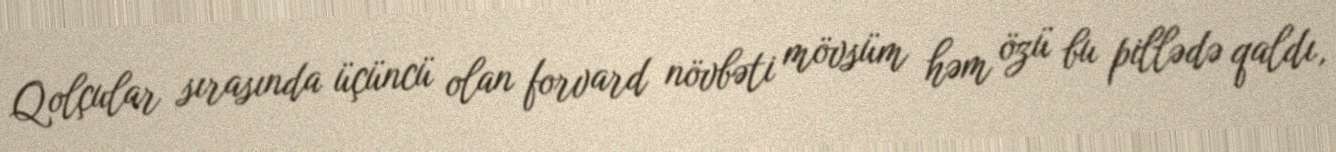
Qolçular sırasında üçüncü olan forvard növbəti mövsüm həm özü bu pillədə qaldı,